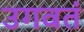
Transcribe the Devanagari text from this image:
उगवतं